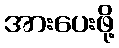
အားပေးဖို့